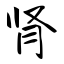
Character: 肾